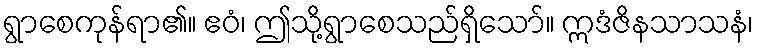
ရွာစေကုန်ရာ၏။ ဧဝံ၊ ဤသို့ရွာစေသည်ရှိသော်။ ဣဒံဇိနသာသနံ၊